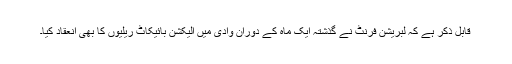
قابل ذکر ہے کہ لبریشن فرنٹ نے گذشتہ ایک ماہ کے دوران وادی میں الیکشن بائیکاٹ ریلیوں کا بھی انعقاد کیا۔